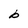
Character: b